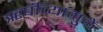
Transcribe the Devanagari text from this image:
ॠषींच्यामुळें